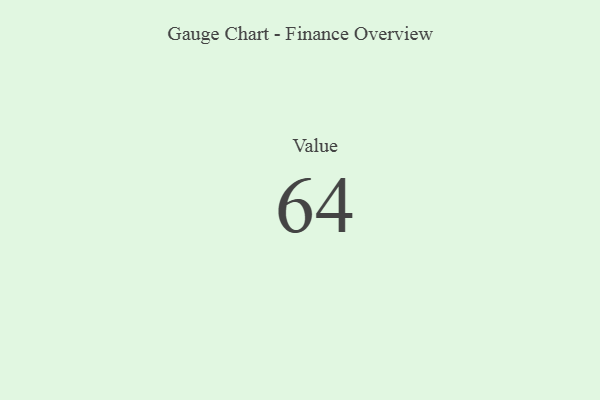
{"axis": {"x": "Metric", "y": "Value"}, "legend": [""], "data": [{"x": "Value", "y": 64, "type": ""}]}